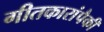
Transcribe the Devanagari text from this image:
गीतकारांपैकी